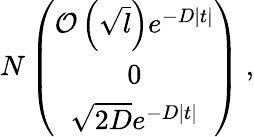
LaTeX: N\left(\begin{array}{c}{{{\cal{O}}\left(\sqrt{l}\right)e^{-D|t|}}}\\ {{0}}\\ {{\sqrt{2D}e^{-D|t|}}}\end{array}\right)~,